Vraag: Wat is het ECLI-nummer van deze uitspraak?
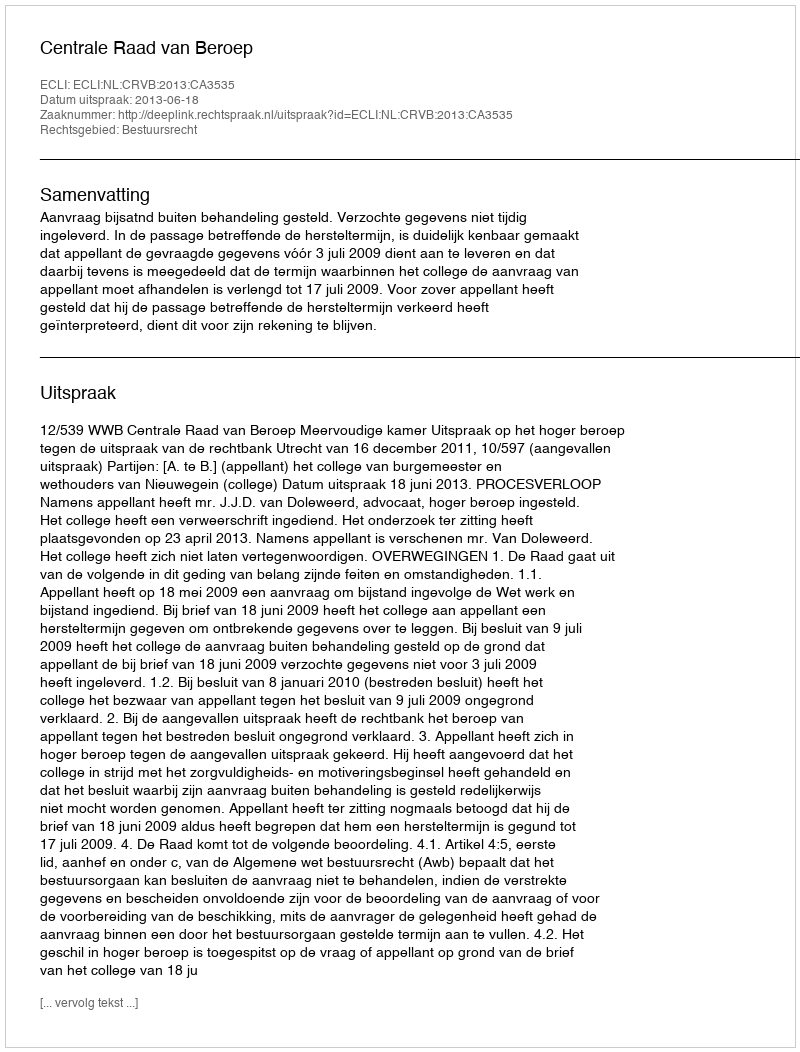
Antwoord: ECLI:NL:CRVB:2013:CA3535